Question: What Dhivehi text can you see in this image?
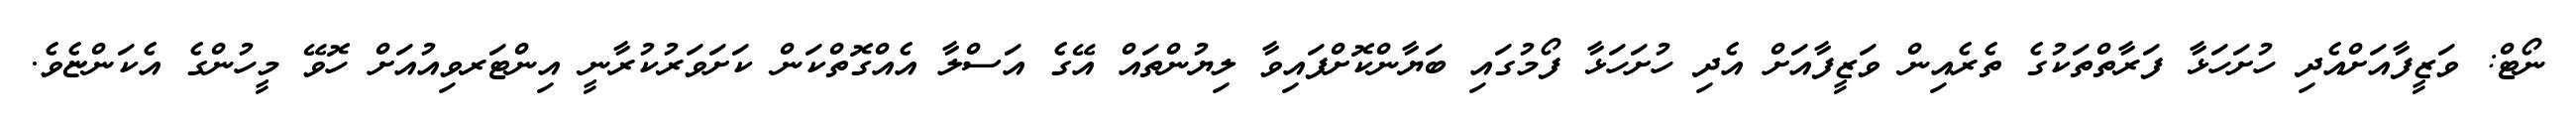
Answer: ނޯޓް: ވަޒީފާއަށްއެދި ހުށަހަޅާ ފަރާތްތަކުގެ ތެރެއިން ވަޒީފާއަށް އެދި ހުށަހަޅާ ފޯމުގައި ބަޔާންކޮށްފައިވާ ލިޔުންތައް އޭގެ އަސްލާ އެއްގޮތްކަން ކަށަވަރުކުރާނީ އިންޓަރވިއުއަށް ހޮވޭ މީހުންގެ އެކަންޏެވެ.